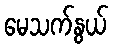
မေသက်နွယ်